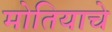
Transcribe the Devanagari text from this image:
मोतियाचे